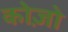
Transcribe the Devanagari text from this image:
कोज़ो